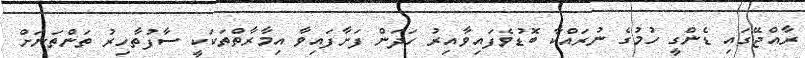
ރާއްޖޭގައި ޑެންގީ ހުމުގެ ނުރައްކާ ބޮޑުވެފައިވާއިރު ހަދަން ފަށާފައިވާ އިމާރާތްތަކަކީ ސާފުތާހިރު ތަންތަނަށް